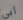
أبي